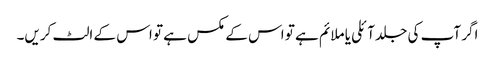
اگر آپ کی جلد آئلی یا ملائم ہے تو اس کے مکس ہے تو اس کے الٹ کریں۔